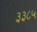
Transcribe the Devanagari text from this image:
३३८५